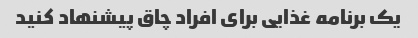
یک برنامه غذایی برای افراد چاق پیشنهاد کنید